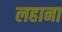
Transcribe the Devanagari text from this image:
लहाना